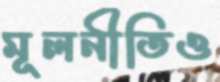
মূলনীতিও